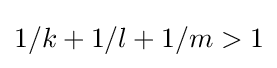
1/k+1/l+1/m>1